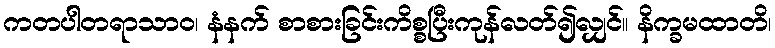
ကတပါတရာသာဝ၊ နံနက် စာစားခြင်းကိစ္စပြီးကုန်လတ်၍လျှင်။ နိက္ခမထာတိ၊